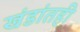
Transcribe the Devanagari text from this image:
खंडांतही